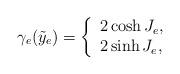
LaTeX: \begin{align*} \gamma_{e}(\tilde y_e) = \left\{ \begin{array}{ll} 2\cosh{J_e}, & \\ 2\sinh{J_e}, & \end{array} \right.\end{align*}